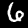
Digit: 6